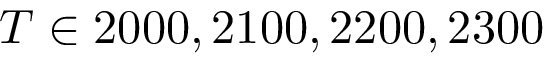
T \in { 2 0 0 0 , 2 1 0 0 , 2 2 0 0 , 2 3 0 0 }